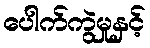
ပေါက်ကွဲမှုနှင့်